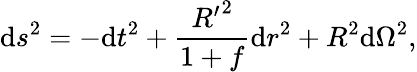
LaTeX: \mathrm{d}{s^{2}}=-\mathrm{d}{t^{2}}+{\frac{{{R^{\prime}}^{2}}}{{1+f}}}\mathrm{d}{r^{2}}+{R^{2}}\mathrm{d}{\Omega^{2}},